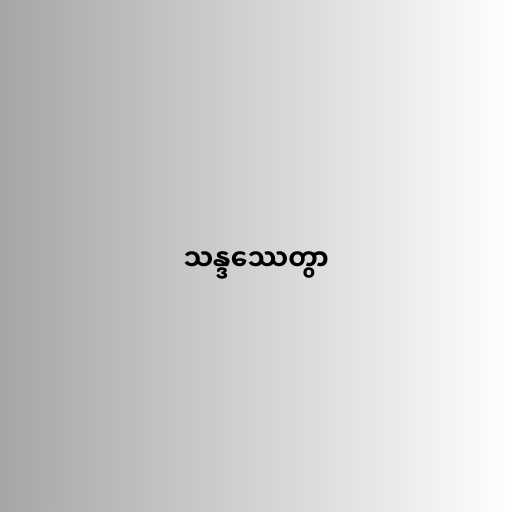
သန္ဒဿေတွာ